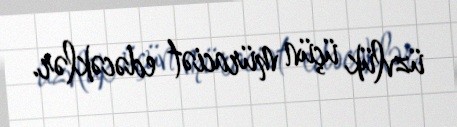
üzvlük üçün müraciət edəcəklər.